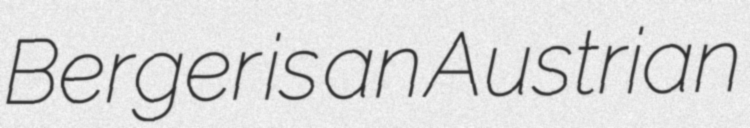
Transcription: Berger is an Austrian